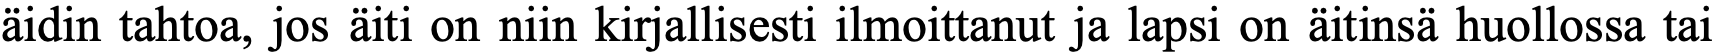
äidin tahtoa, jos äiti on niin kirjallisesti ilmoittanut ja lapsi on äitinsä huollossa tai